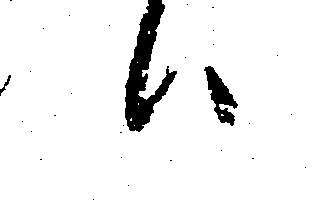
ハ